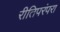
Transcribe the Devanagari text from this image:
रीतिपरंपरा